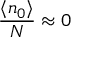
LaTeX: { \frac { \langle n _ { 0 } \rangle } { N } } \approx 0